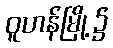
ဝူဟန်မြို့၌